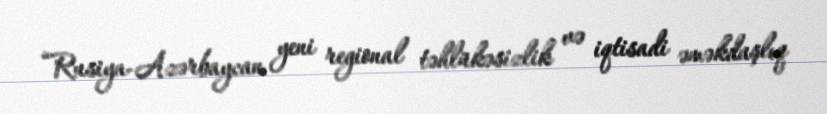
“Rusiya-Azərbaycan yeni regional təhlükəsizlik və iqtisadi əməkdaşlıq